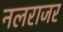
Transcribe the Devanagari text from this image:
नलराजर